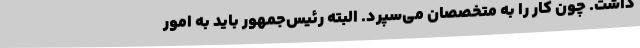
داشت. چون کار را به متخصصان می‌سپرد. البته رئیس‌جمهور باید به امور